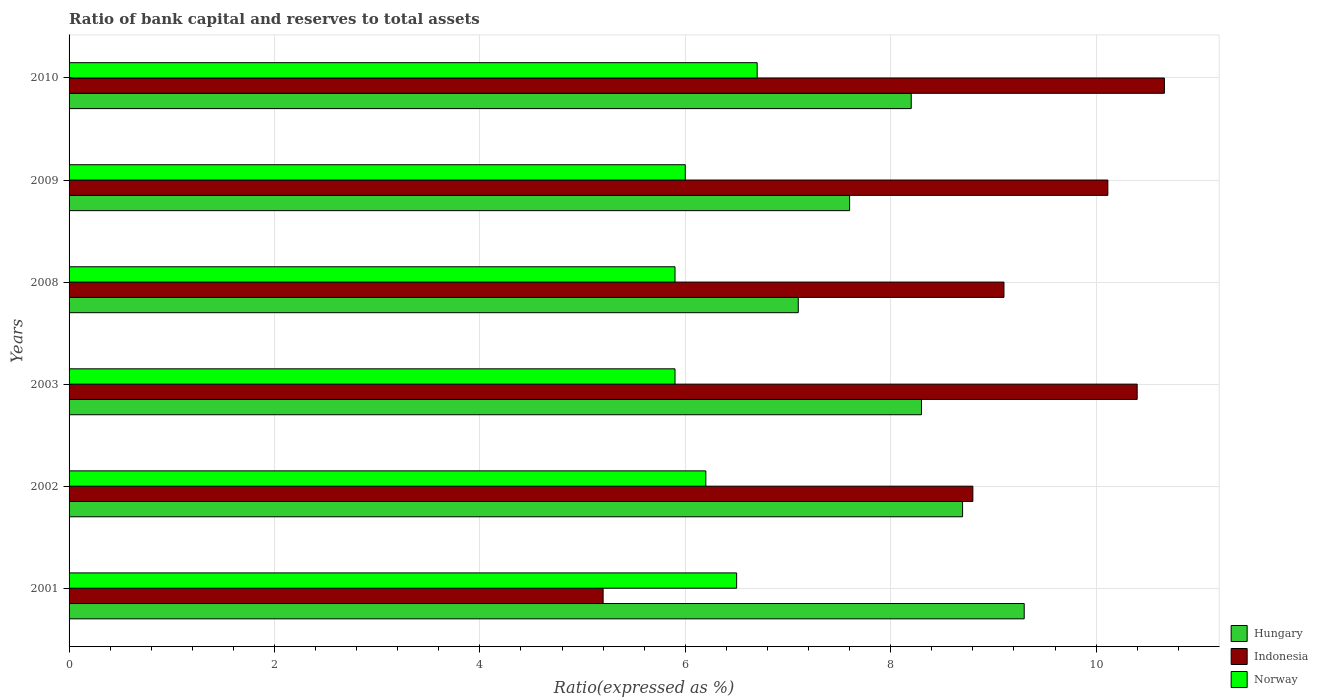
| Years | Hungary | Indonesia | Norway |
 | --- | --- | --- | --- |
 | 2001 | 9.3 | 5.2 | 6.5 |
 | 2002 | 8.7 | 8.8 | 6.2 |
 | 2003 | 8.3 | 10.4 | 5.9 |
 | 2008 | 7.1 | 9.1 | 5.9 |
 | 2009 | 7.6 | 10.1 | 6 |
 | 2010 | 8.2 | 10.7 | 6.7 |